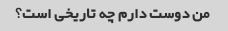
من دوست دارم چه تاریخی است؟